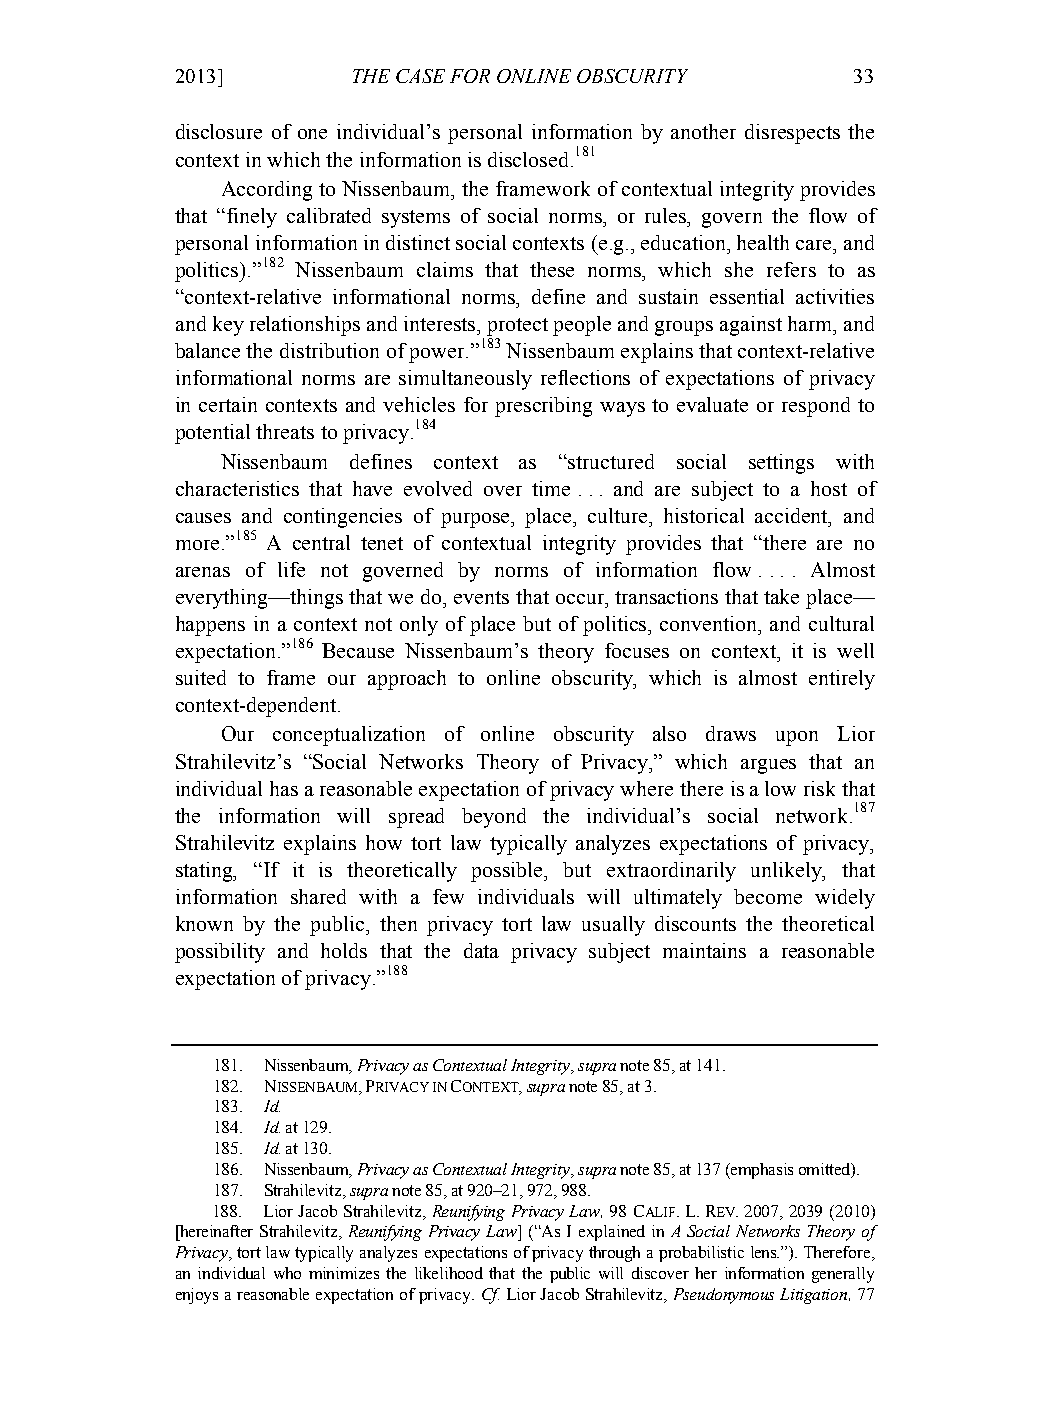
01-HartzogStutzman (Do Not Delete)    2/18/2013 2:33:22 PM
 2013]       THE CASE FOR ONLINE OBSCURITY    33
 disclosure of one individual’s personal information by another disrespects the
 context in which the information is disclosed.181
 According to Nissenbaum, the framework of contextual integrity provides
 that “finely calibrated systems of social norms, or rules, govern the flow of
 personal information in distinct social contexts (e.g., education, health care, and
 politics).”182 Nissenbaum claims that these norms, which she refers to as
 “context-relative informational norms, define and sustain essential activities
 and key relationships and interests, protect people and groups against harm, and
 balance the distribution of power.”183 Nissenbaum explains that context-relative
 informational norms are simultaneously reflections of expectations of privacy
 in certain contexts and vehicles for prescribing ways to evaluate or respond to
 potential threats to privacy.184
 Nissenbaum defines context as “structured social settings with
 characteristics that have evolved over time . . . and are subject to a host of
 causes and contingencies of purpose, place, culture, historical accident, and
 more.”185 A central tenet of contextual integrity provides that “there are no
 arenas of life not governed by norms of information flow . . . . Almost
 everything—things that we do, events that occur, transactions that take place—
 happens in a context not only of place but of politics, convention, and cultural
 expectation.”186 Because Nissenbaum’s theory focuses on context, it is well
 suited to frame our approach to online obscurity, which is almost entirely
 context-dependent.
 Our conceptualization of online obscurity also draws upon Lior
 Strahilevitz’s “Social Networks Theory of Privacy,” which argues that an
 individual has a reasonable expectation of privacy where there is a low risk that
 the information will spread beyond the individual’s social network.187
 Strahilevitz explains how tort law typically analyzes expectations of privacy,
 stating, “If it is theoretically possible, but extraordinarily unlikely, that
 information shared with a few individuals will ultimately become widely
 known by the public, then privacy tort law usually discounts the theoretical
 possibility and holds that the data privacy subject maintains a reasonable
 expectation of privacy.”188
 181. Nissenbaum, Privacy as Contextual Integrity, supra note 85, at 141.
 182. NISSENBAUM, PRIVACY IN CONTEXT, supra note 85, at 3.
 183. Id.
 184. Id. at 129.
 185. Id. at 130.
 186. Nissenbaum, Privacy as Contextual Integrity, supra note 85, at 137 (emphasis omitted).
 187. Strahilevitz, supra note 85, at 920–21, 972, 988.
 188. Lior Jacob Strahilevitz, Reunifying Privacy Law, 98 CALIF. L. REV. 2007, 2039 (2010)
 [hereinafter Strahilevitz, Reunifying Privacy Law] (“As I explained in A Social Networks Theory of
 Privacy, tort law typically analyzes expectations of privacy through a probabilistic lens.”). Therefore,
 an individual who minimizes the likelihood that the public will discover her information generally
 enjoys a reasonable expectation of privacy. Cf. Lior Jacob Strahilevitz, Pseudonymous Litigation, 77